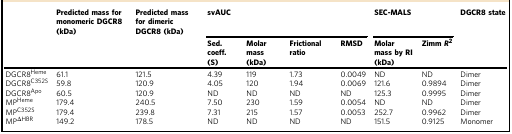
|  | Predicted mass for monomeric DGCR8 (kDa) | Predicted mass for dimeric DGCR8 (kDa) | <COLSPAN=4> svAUC | <COLSPAN=2> SEC-MALS | DGCR8 state |
 |  |  |  | Sed. coeff. (S) | Molar mass (kDa) | Frictional ratio | RMSD | Molar mass by RI (kDa) | Zimm R2 |  |
 | --- | --- | --- | --- | --- | --- | --- | --- | --- | --- |
 | DGCR8Heme | 61.1 | 121.5 | 4.39 | 119 | 1.73 | 0.0049 | ND | ND | Dimer |
 | DGCR8C352S | 59.8 | 120.9 | 4.05 | 120 | 1.94 | 0.0069 | 121.6 | 0.9894 | Dimer |
 | DGCR8Apo | 60.5 | 120.9 | ND | ND | ND | ND | 125.3 | 0.9995 | Dimer |
 | MPHeme | 179.4 | 240.5 | 7.50 | 230 | 1.59 | 0.0054 | ND | ND | Dimer |
 | MPC352S | 179.4 | 239.8 | 7.31 | 215 | 1.57 | 0.0053 | 252.7 | 0.9962 | Dimer |
 | MPΔHBR | 149.2 | 178.5 | ND | ND | ND | ND | 151.5 | 0.9125 | Monomer |